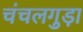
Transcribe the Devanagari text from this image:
चंचलगुड़ा